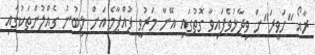
ރާއޯ "ހަވީރަ"ށް ވިދާޅުވެފައިވާ ގޮތުގައި އޭނާ މަރުވީ ފުއްޕާމެ އަށް ލިބުނު ގެއްލުންތަކުގައި